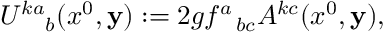
U _ { ~ ~ ~ b } ^ { k a } ( x ^ { 0 } , { \bf y } ) : = 2 g f _ { ~ ~ b c } ^ { a } A ^ { k c } ( x ^ { 0 } , { \bf y } ) ,